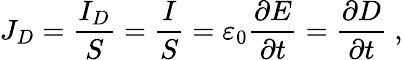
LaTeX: J_{D}={\frac{I_{D}}{S}}={\frac{I}{S}}=\varepsilon_{0}{\frac{\partial E}{\partial t}}={\frac{\partial D}{\partial t}}\ ,